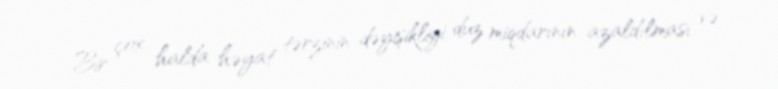
Bir çox halda həyat tərzinin dəyişikliyi, duz miqdarının azaldılması və